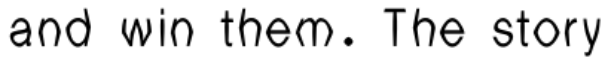
and win them. The story